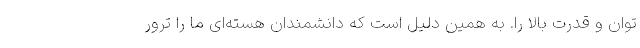
توان و قدرت بالا را. به همین دلیل است که دانشمندان هسته‌ای ما را ترور